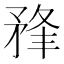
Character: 𥍮